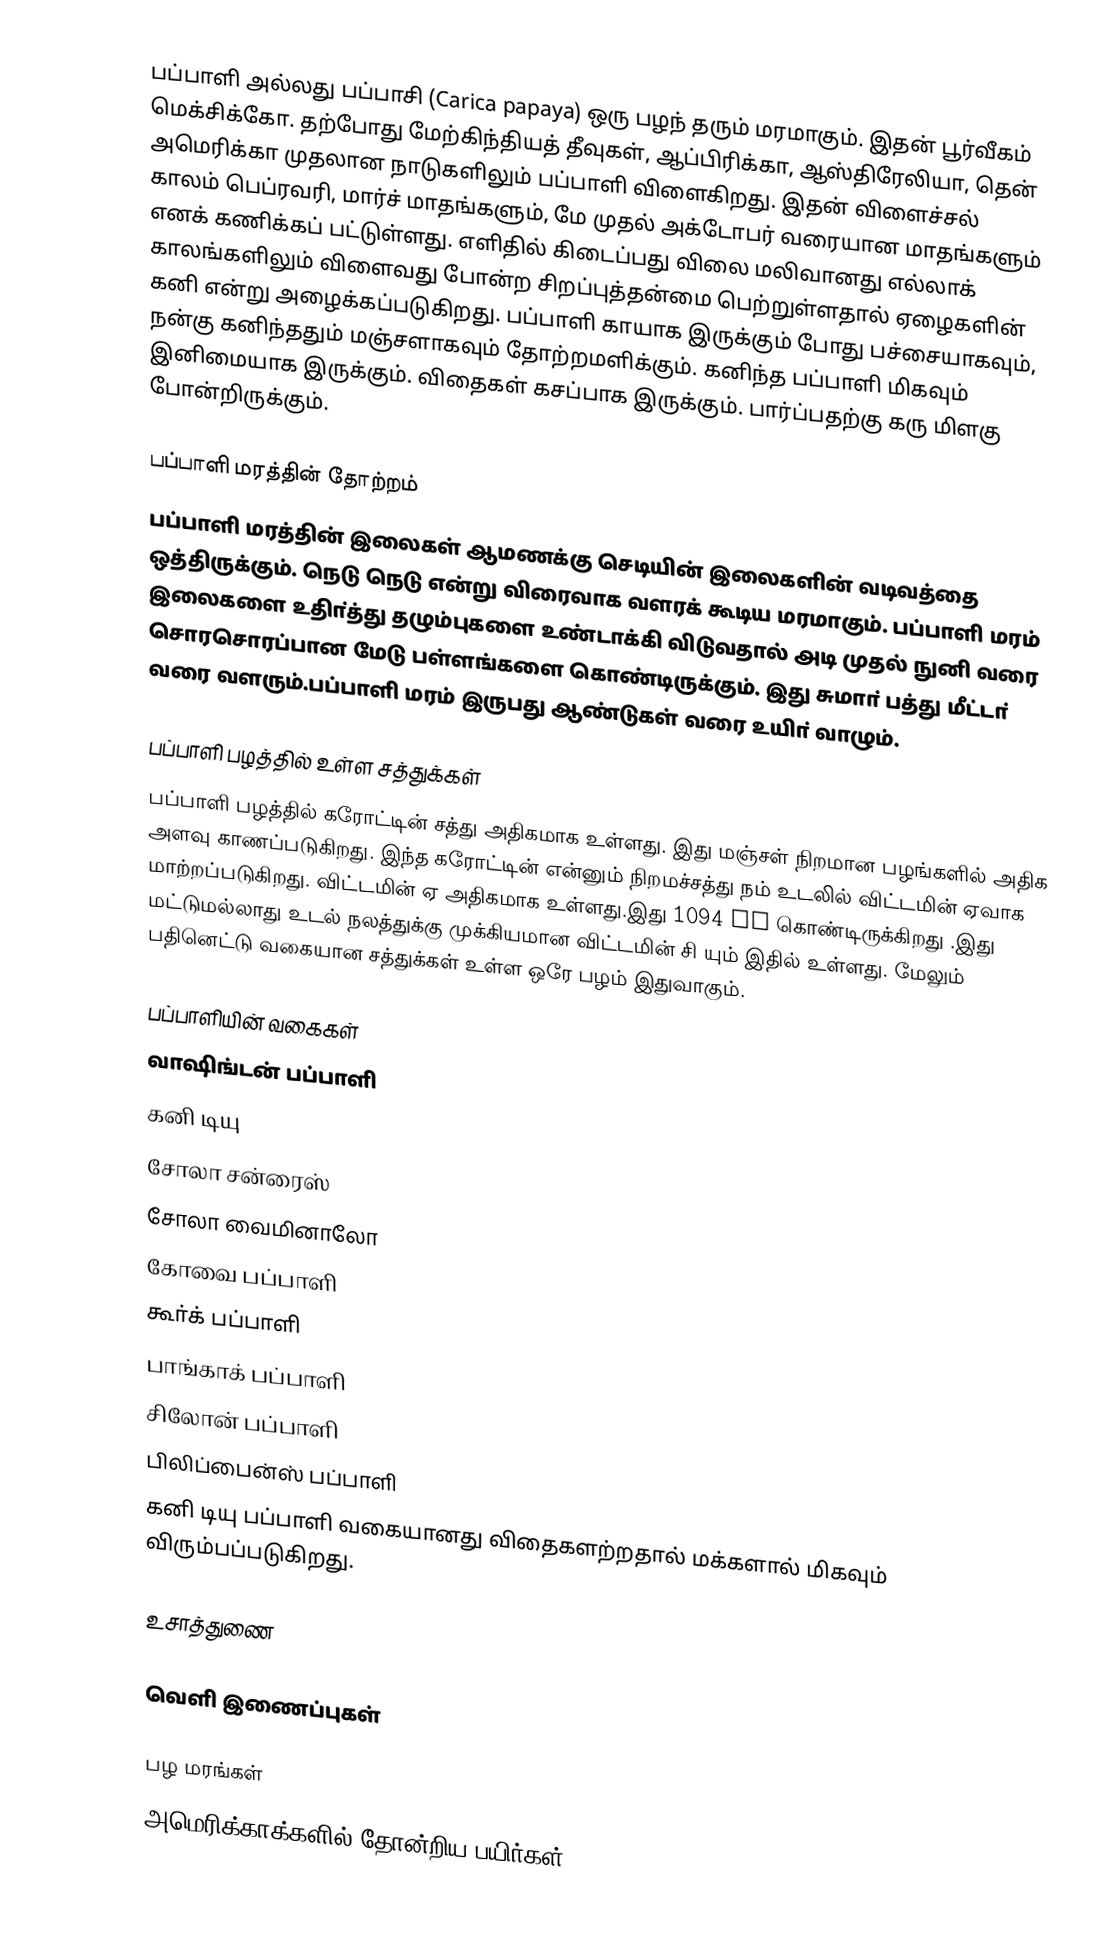
பப்பாளி அல்லது பப்பாசி (Carica papaya) ஒரு பழந் தரும் மரமாகும். இதன் பூர்வீகம் மெக்சிக்கோ. தற்போது மேற்கிந்தியத் தீவுகள், ஆப்பிரிக்கா, ஆஸ்திரேலியா, தென் அமெரிக்கா முதலான நாடுகளிலும் பப்பாளி விளைகிறது. இதன் விளைச்சல் காலம் பெப்ரவரி, மார்ச் மாதங்களும், மே முதல் அக்டோபர் வரையான மாதங்களும் எனக் கணிக்கப் பட்டுள்ளது. எளிதில் கிடைப்பது விலை மலிவானது எல்லாக் காலங்களிலும் விளைவது போன்ற சிறப்புத்தன்மை பெற்றுள்ளதால் ஏழைகளின் கனி என்று அழைக்கப்படுகிறது. பப்பாளி காயாக இருக்கும் போது பச்சையாகவும், நன்கு கனிந்ததும் மஞ்சளாகவும் தோற்றமளிக்கும். கனிந்த பப்பாளி மிகவும் இனிமையாக இருக்கும். விதைகள் கசப்பாக இருக்கும். பார்ப்பதற்கு கரு மிளகு போன்றிருக்கும்.

பப்பாளி மரத்தின் தோற்றம்
பப்பாளி மரத்தின் இலைகள் ஆமணக்கு செடியின் இலைகளின் வடிவத்தை ஒத்திருக்கும். நெடு நெடு என்று விரைவாக வளரக் கூடிய மரமாகும். பப்பாளி மரம் இலைகளை உதிா்த்து தழும்புகளை உண்டாக்கி விடுவதால் அடி முதல் நுனி வரை சொரசொரப்பான மேடு பள்ளங்களை கொண்டிருக்கும். இது சுமாா் பத்து மீட்டா் வரை வளரும்.பப்பாளி மரம் இருபது ஆண்டுகள் வரை உயிா் வாழும்.

பப்பாளி பழத்தில் உள்ள சத்துக்கள்
பப்பாளி பழத்தில் கரோட்டின் சத்து அதிகமாக உள்ளது. இது மஞ்சள் நிறமான பழங்களில் அதிக அளவு காணப்படுகிறது. இந்த கரோட்டின் என்னும் நிறமச்சத்து நம் உடலில் விட்டமின் ஏவாக மாற்றப்படுகிறது. விட்டமின் ஏ அதிகமாக உள்ளது.இது 1094 IU கொண்டிருக்கிறது .இது மட்டுமல்லாது உடல் நலத்துக்கு முக்கியமான விட்டமின் சி யும் இதில் உள்ளது. மேலும் பதினெட்டு வகையான சத்துக்கள் உள்ள ஒரே பழம் இதுவாகும்.

பப்பாளியின் வகைகள்
 வாஷிங்டன் பப்பாளி
 கனி டியு
 சோலா சன்ரைஸ்
 சோலா வைமினாலோ
 கோவை பப்பாளி
 கூா்க் பப்பாளி
 பாங்காக் பப்பாளி
 சிலோன் பப்பாளி
 பிலிப்பைன்ஸ் பப்பாளி
கனி டியு பப்பாளி வகையானது விதைகளற்றதால் மக்களால் மிகவும் விரும்பப்படுகிறது.

உசாத்துணை

வெளி இணைப்புகள்

பழ மரங்கள்
அமெரிக்காக்களில் தோன்றிய பயிர்கள்